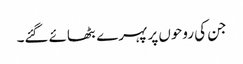
جن کی روحوں پر پہرے بٹھائے گئے۔